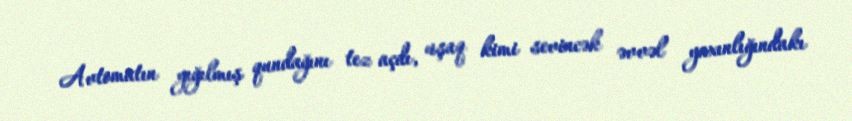
Avtomatın yığılmış qundağını tez açdı, uşaq kimi sevincək əvvəl yaxınlığındakı